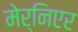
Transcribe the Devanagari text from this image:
मेर्निएर